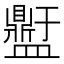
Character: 𭾕